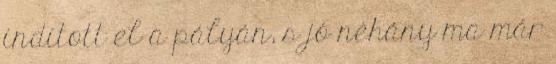
indított el a pályán, s jó néhány ma már